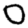
Digit: 0